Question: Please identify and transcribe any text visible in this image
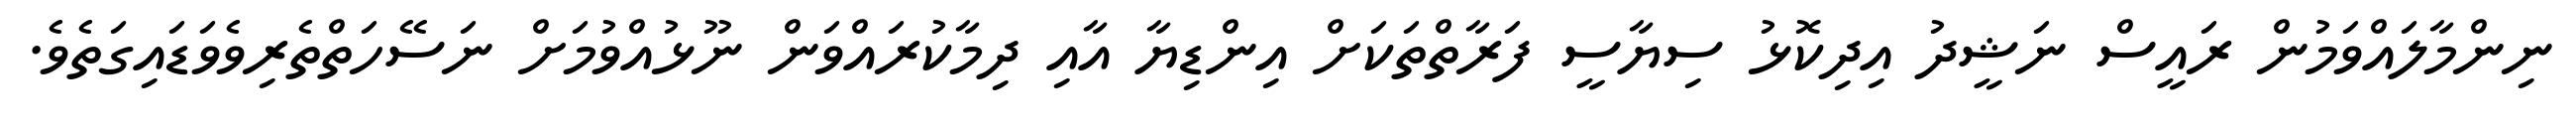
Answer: ނިންމާލައްވަމުން ރައީސް ނަޝީދު އިދިކޮޅު ސިޔާސީ ފަރާތްތަކަށް އިންޑިޔާ އާއި ދިމާކުރައްވަން ނޫޅުއްވުމަށް ނަސޭހަތްތެރިވެވަޑައިގަތެވެ.